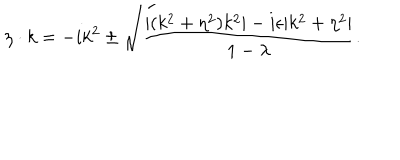
\eta \cdot k = - i k ^ { 2 } \pm \sqrt { { \frac { | ( k ^ { 2 } + \eta ^ { 2 } ) k ^ { 2 } | - i \epsilon | k ^ { 2 } + \eta ^ { 2 } | } { 1 - \lambda } } } .